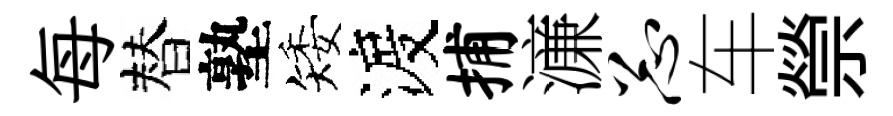
每替塾矮渡捕濓忐车禜